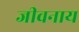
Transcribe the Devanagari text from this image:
जीवनाय